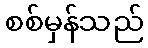
စစ်မှန်သည်